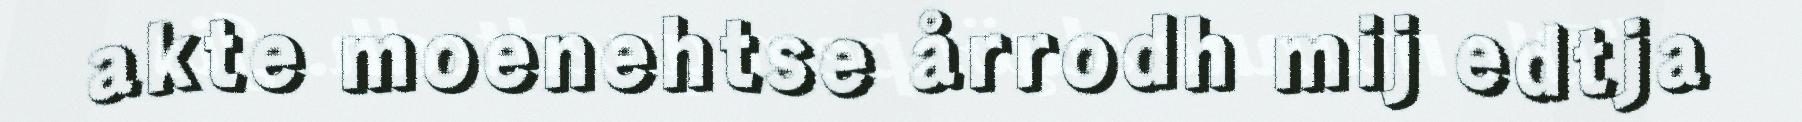
akte moenehtse årrodh mij edtja